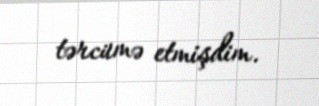
tərcümə etmişdim.